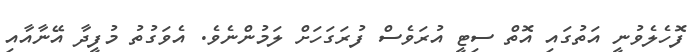
ފޮހެލެވުނީ އަތުގައި އޮތް ސިޓީ އުރަވެސް ފުރަގަހަށް ލަމުންނެވެ. އެވަގުތު މުފީދާ އޭނާއާއި